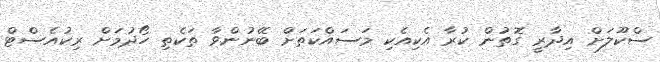
ސްކޫލަށް އިދާރީ ގޮތުން ކުރާ އެކިއެކި މަސައްކަތަށް ބޭނުންވާ ތަކެތި ހޯދުމަށް ރިކުއެސްޓް